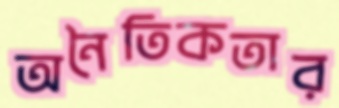
অনৈতিকতার